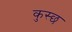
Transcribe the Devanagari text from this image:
कुस्छ